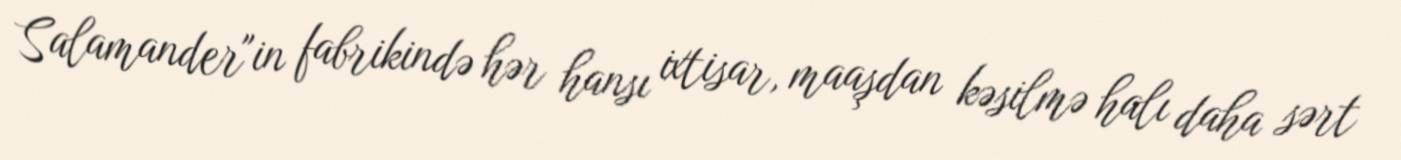
Salamander"in fabrikində hər hansı ixtisar, maaşdan kəsilmə halı daha sərt